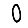
Digit: 0